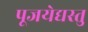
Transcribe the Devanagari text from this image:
पूजयेद्यस्तु